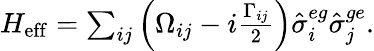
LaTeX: \begin{array}{r}{H_{\mathrm{eff}}=\sum_{ij}\left(\Omega_{ij}-i\frac{\Gamma_{ij}}{2}\right)\hat{\sigma}_{i}^{eg}\hat{\sigma}_{j}^{ge}.}\end{array}